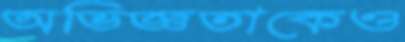
অভিজ্ঞতাকেও